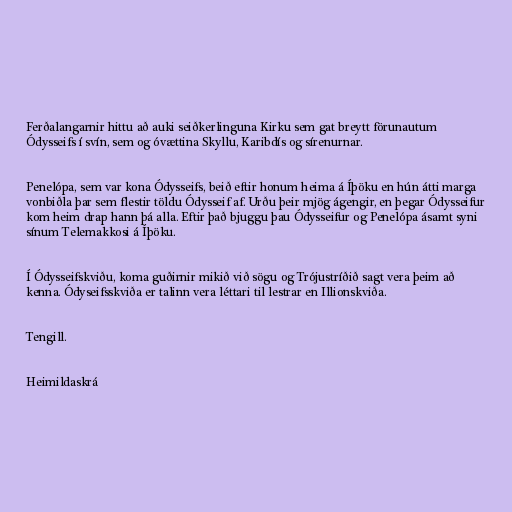
Ferðalangarnir hittu að auki seiðkerlinguna Kirku sem gat breytt förunautum
Ódysseifs í svín, sem og óvættina Skyllu, Karibdís og sírenurnar.

Penelópa, sem var kona Ódysseifs, beið eftir honum heima á Íþöku en hún átti marga
vonbiðla þar sem flestir töldu Ódysseif af. Urðu þeir mjög ágengir, en þegar Ódysseifur
kom heim drap hann þá alla. Eftir það bjuggu þau Ódysseifur og Penelópa ásamt syni
sínum Telemakkosi á Íþöku.

Í Ódysseifskviðu, koma guðirnir mikið við sögu og Trójustríðið sagt vera þeim að
kenna. Ódyseifsskviða er talinn vera léttari til lestrar en Illionskviða.

Tengill.

Heimildaskrá